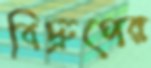
বিদ্রুপের